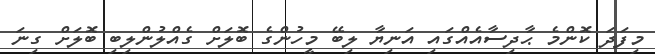
މިފަދަ ކޮންމެ ޙާދިސާއެއްގައި އަނިޔާ ލިބޭ މީހުންގެ ބޮލަށް ގެއްލުންލިބި ބޮލަށް ގިނަ